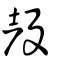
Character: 殸